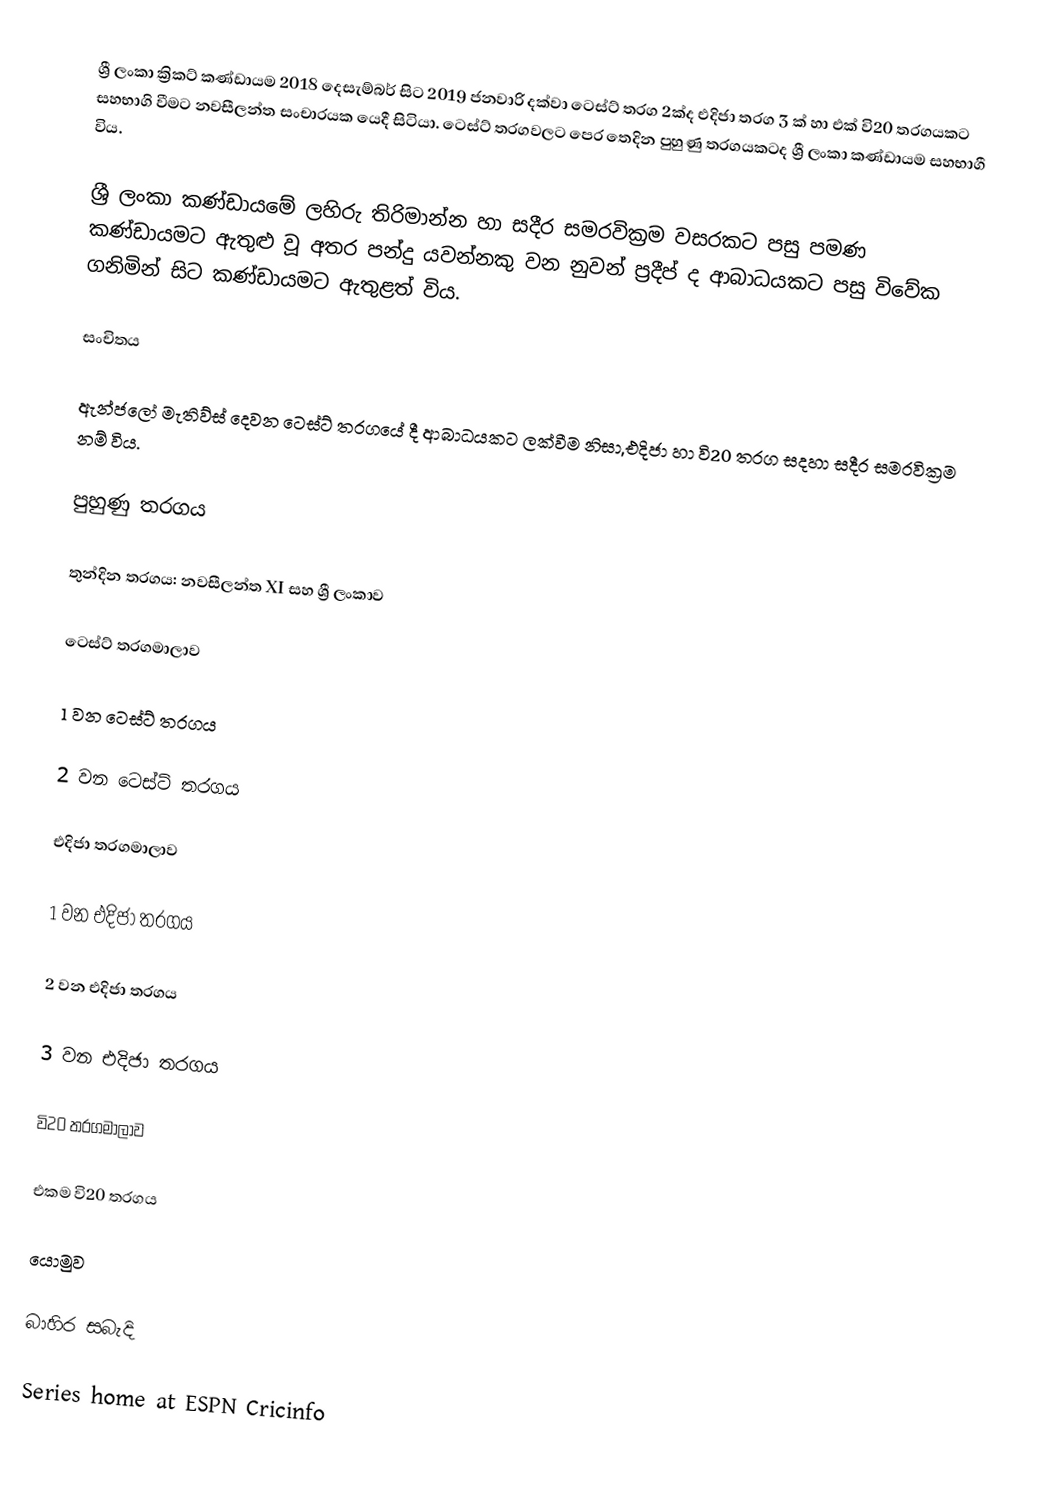
ශ්‍රී ලංකා ක්‍රිකට් කණ්ඩායම 2018 දෙසැම්බර් සිට 2019 ජනවාරි දක්වා ටෙස්ට් තරග 2ක්ද එදිජා තරග 3 ක් හා එක් වි20 තරගයකට සහභාගි වීමට නවසීලන්ත සංචාරයක යෙදී සිටියා. ටෙස්ට් තරගවලට පෙර තෙදින පුහුණු තරගයකටද ශ්‍රී ලංකා කණ්ඩායම සහභාගී විය.

ශ්‍රී ලංකා කණ්ඩායමේ ලහිරු තිරිමාන්න හා සදීර සමරවික්‍රම වසරකට පසු පමණ කණ්ඩායමට ඇතුළු වූ අතර පන්දු යවන්නකු වන නුවන් ප්‍රදීප් ද ආබාධයකට පසු විවේක ගනිමින් සිට කණ්ඩායමට ඇතුළත් විය.

සංචිතය

ඇන්ජලෝ මැතිව්ස් දෙවන ටෙස්ට් තරගයේ දී ආබාධයකට ලක්වීම නිසා,එදිජා හා වි20 තරග සදහා සදීර සමරවික්‍රම නම් විය.

පුහුණු තරගය

තුන්දින තරගය: නවසීලන්ත XI සහ ශ්‍රී ලංකාව

ටෙස්ට් තරගමාලාව

1 වන ටෙස්ට් තරගය

2 වන ටෙස්ට් තරගය

එදිජා තරගමාලාව

1 වන එදිජා තරගය

2 වන එදිජා තරගය

3 වන එදිජා තරගය

වි20 තරගමාලාව

එකම වි20 තරගය

යොමුව

බාහිර සබැදි

 Series home at ESPN Cricinfo